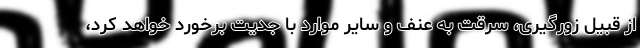
از قبیل زورگیری، سرقت به عنف و سایر موارد با جدیت برخورد خواهد کرد،